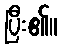
ပြီး၏။